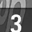
Digit: 3